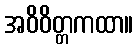
အဝိဝိတ္တကထာ။